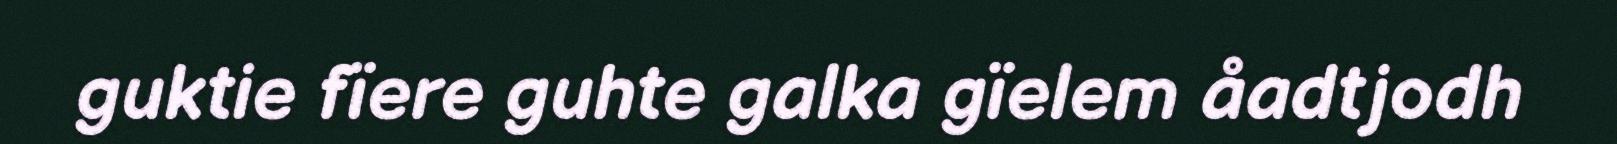
guktie fïere guhte galka gïelem åadtjodh